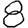
Digit: 8